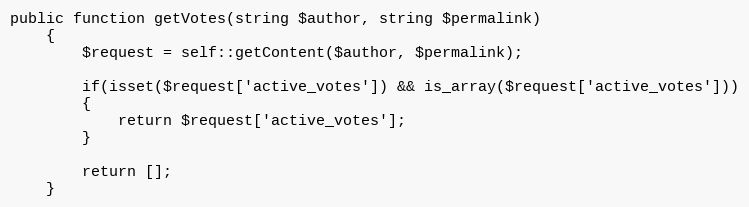
Language: PHP
public function getVotes(string $author, string $permalink)
    {
        $request = self::getContent($author, $permalink);

        if(isset($request['active_votes']) && is_array($request['active_votes']))
        {
            return $request['active_votes'];
        }

        return [];
    }